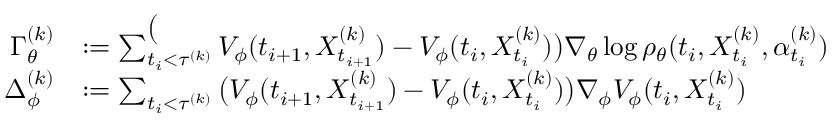
\begin{array} { r l } { \Gamma _ { \theta } ^ { ( k ) } } & { : = \sum _ { t _ { i } < \tau ^ { ( k ) } } ^ \big ( { \cal V } _ { \phi } ( t _ { i + 1 } , X _ { t _ { i + 1 } } ^ { ( k ) } ) - { \cal V } _ { \phi } ( t _ { i } , X _ { t _ { i } } ^ { ( k ) } ) \big ) \nabla _ { \theta } \log \rho _ { \theta } ( t _ { i } , X _ { t _ { i } } ^ { ( k ) } , \alpha _ { t _ { i } } ^ { ( k ) } ) } \\ { \Delta _ { \phi } ^ { ( k ) } } & { : = \sum _ { t _ { i } < \tau ^ { ( k ) } } \big ( { \cal V } _ { \phi } ( t _ { i + 1 } , X _ { t _ { i + 1 } } ^ { ( k ) } ) - { \cal V } _ { \phi } ( t _ { i } , X _ { t _ { i } } ^ { ( k ) } ) \big ) \nabla _ { \phi } { \cal V } _ { \phi } ( t _ { i } , X _ { t _ { i } } ^ { ( k ) } ) } \end{array}